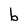
Character: b